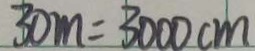
3 0 m = 3 0 0 0 c m